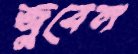
জুবেল